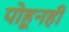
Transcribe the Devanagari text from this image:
पोहूनही